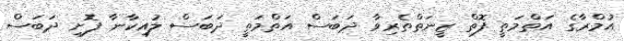
އުމްރާގެ އަތްމަތީ ފޮތް ޒީނަތްތެރިވާ ދަބަސް އަތްމަތީ ދަބަސް ލުއިކާނާ ފޮށި ދަބަސް